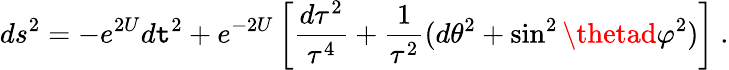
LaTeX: ds^{2}=-e^{2U}d\mathtt{t}^{2}+e^{-2U}\left[{\frac{{d\tau^{2}}}{{\tau^{4}}}}+{\frac{{1}}{{\tau^{2}}}}(d\theta^{2}+\sin^{2}\thetad\varphi^{2})\right]\ .